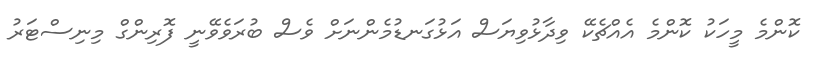
ކޮންމެ މީހަކު ކޮންމެ އެއްޗެކޭ ވިދާޅުވިޔަސް އަޅުގަނޑުމެންނަށް ވެސް ބުރަވެވޭނީ ފޮރިންގް މިނިސްޓަރު